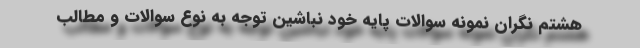
هشتم نگران نمونه سوالات پایه خود نباشین توجه به نوع سوالات و مطالب